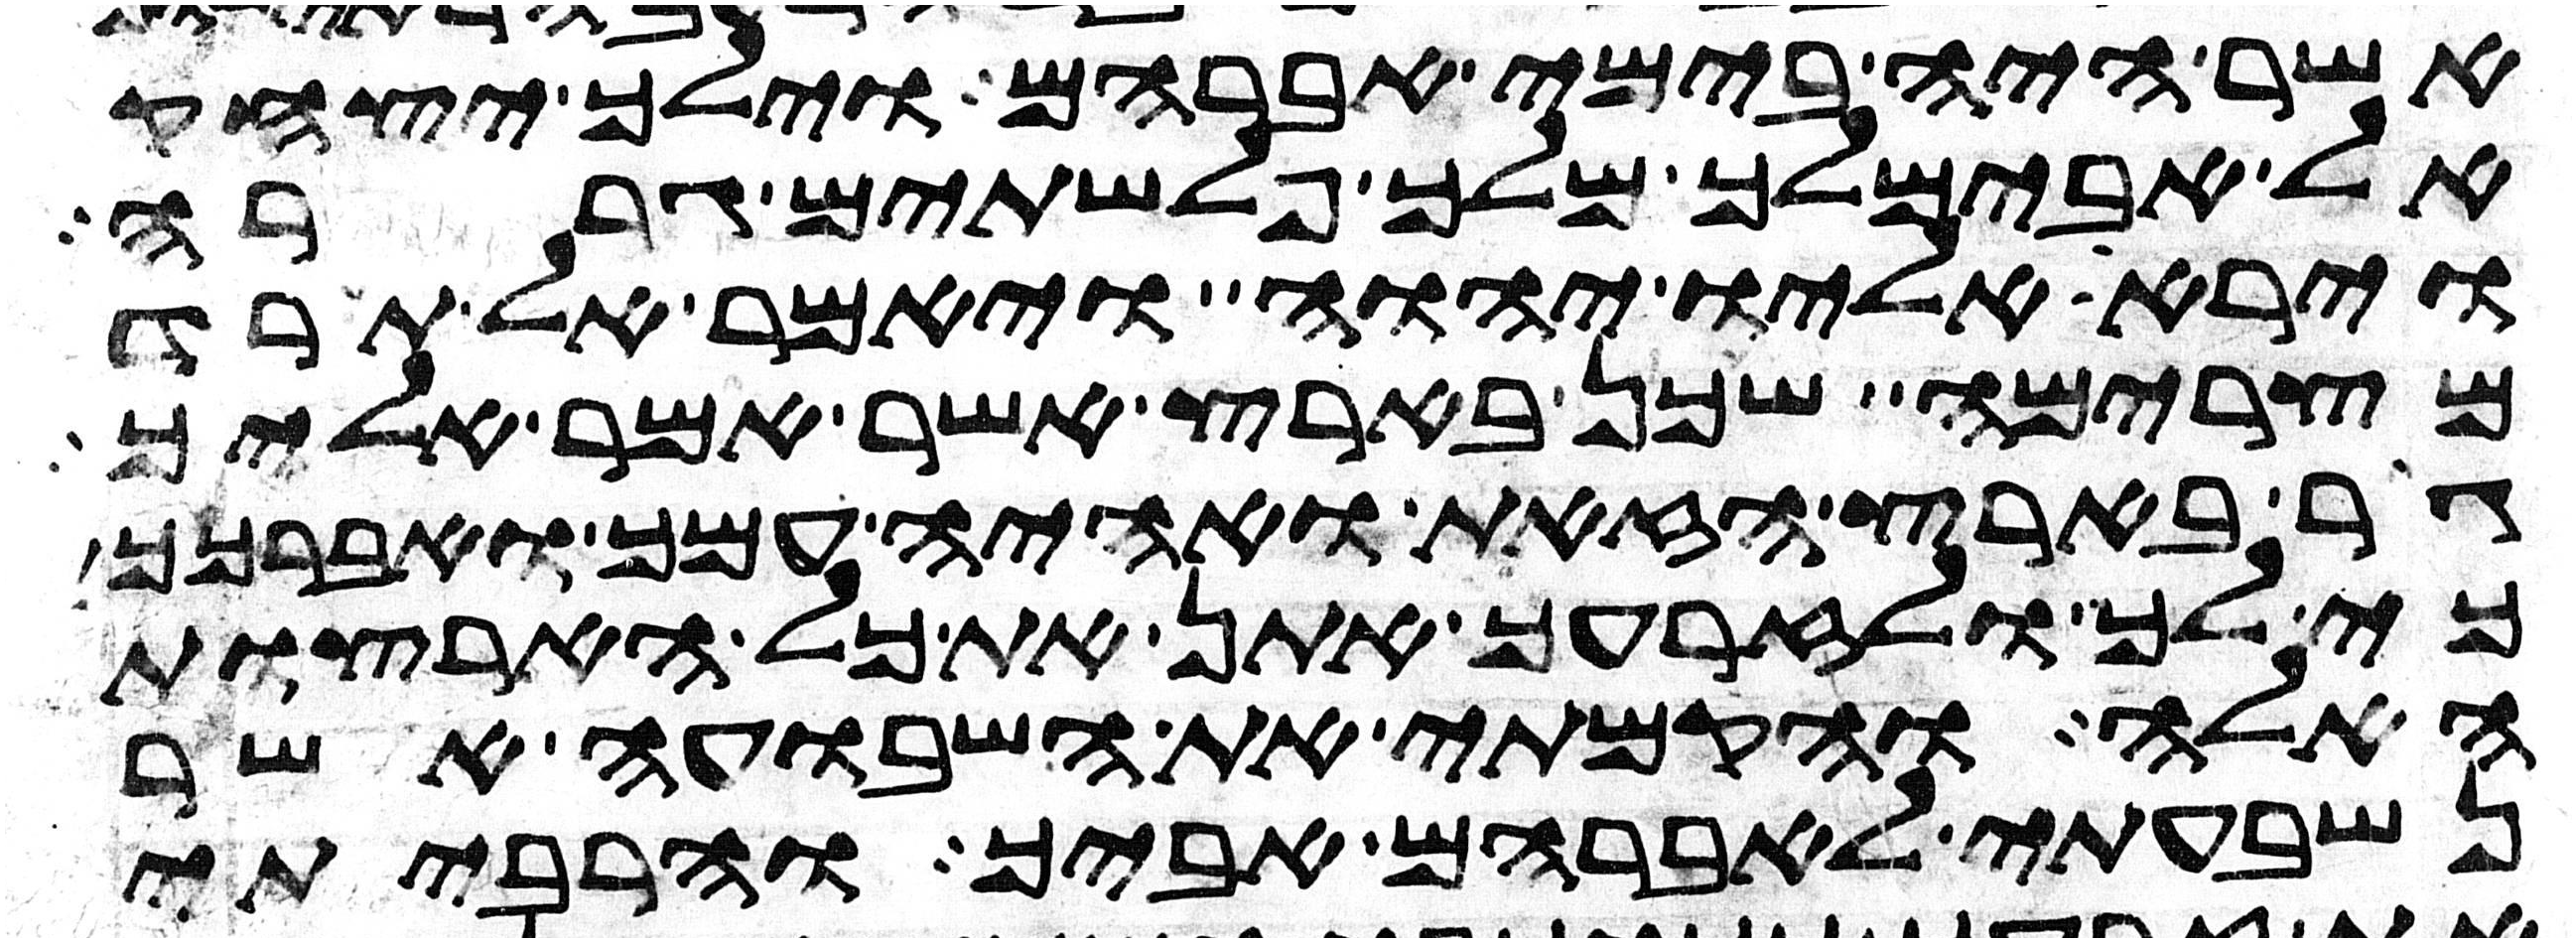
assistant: אשר היה בימי אברהם וילך יצחק
אל אבימלך מלך פלשתים גררה
וירא אליו יהוה ויאמר אל תרד
מצרימה שכן בארץ אשר אמר אליך
גר בארץ הזאת ואהיה עמך ואברכך
כי לך ולזרעך אתן את כל הארצות
האלה והקמתי את השבועה אשר
נשבעתי לאברהם אביך והרביתי